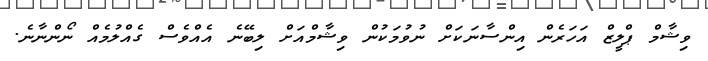
ވިޝާމް ޕްލީޒް އަހަރެން އިންސާނަކަށް ނުވުމަކުން ވިޝާމްއަށް ލިބޭނެ އެއްވެސް ގެއްލުމެއް ނޯންނާނެ.